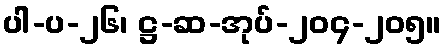
ပါ-ပ-၂၆၊ ဋ္ဌ-ဆ-အုပ်-၂၀၄-၂၀၅။